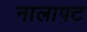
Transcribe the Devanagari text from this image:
नालापट